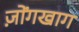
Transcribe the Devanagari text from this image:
ज़ोंगखाग